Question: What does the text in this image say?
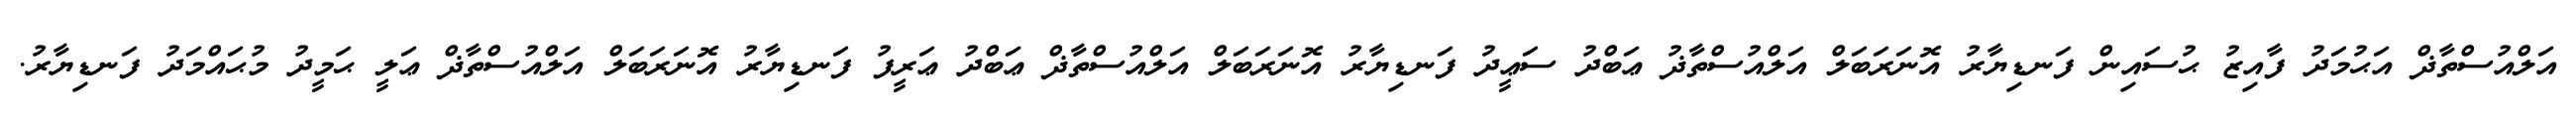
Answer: އަލްއުސްތާޛް އަޙުމަދު ފާއިޒު ޙުސައިން ފަނޑިޔާރު އޮނަރަބަލް އަލްއުސްތާޛު ޢަބްދު ސަޢީދު ފަނޑިޔާރު އޮނަރަބަލް އަލްއުސްތާޛް ޢަބްދު ޢަރީފު ފަނޑިޔާރު އޮނަރަބަލް އަލްއުސްތާޛް ޢަލީ ޙަމީދު މުޙައްމަދު ފަނޑިޔާރު.